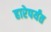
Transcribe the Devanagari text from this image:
हारेपर्यंत